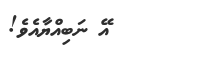
އޭ ނަބިއްޔާއެވެ!